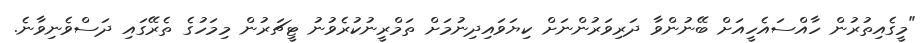
"މީގެއިތުރުން ހާއްސައެހީއަށް ބޭނުންވާ ދަރިވަރުންނަށް ކިޔަވައިދިނުމަށް ތަމްރީނުކުރެވުނު ޓީޗަރުން މިމަހުގެ ތެރޭގައި ދަސްވެެނިވާނެ.